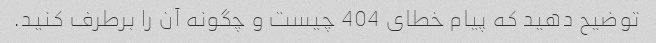
توضیح دهید که پیام خطای 404 چیست و چگونه آن را برطرف کنید.